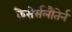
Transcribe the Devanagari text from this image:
कैसेर्सलौतेर्न